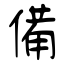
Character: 備